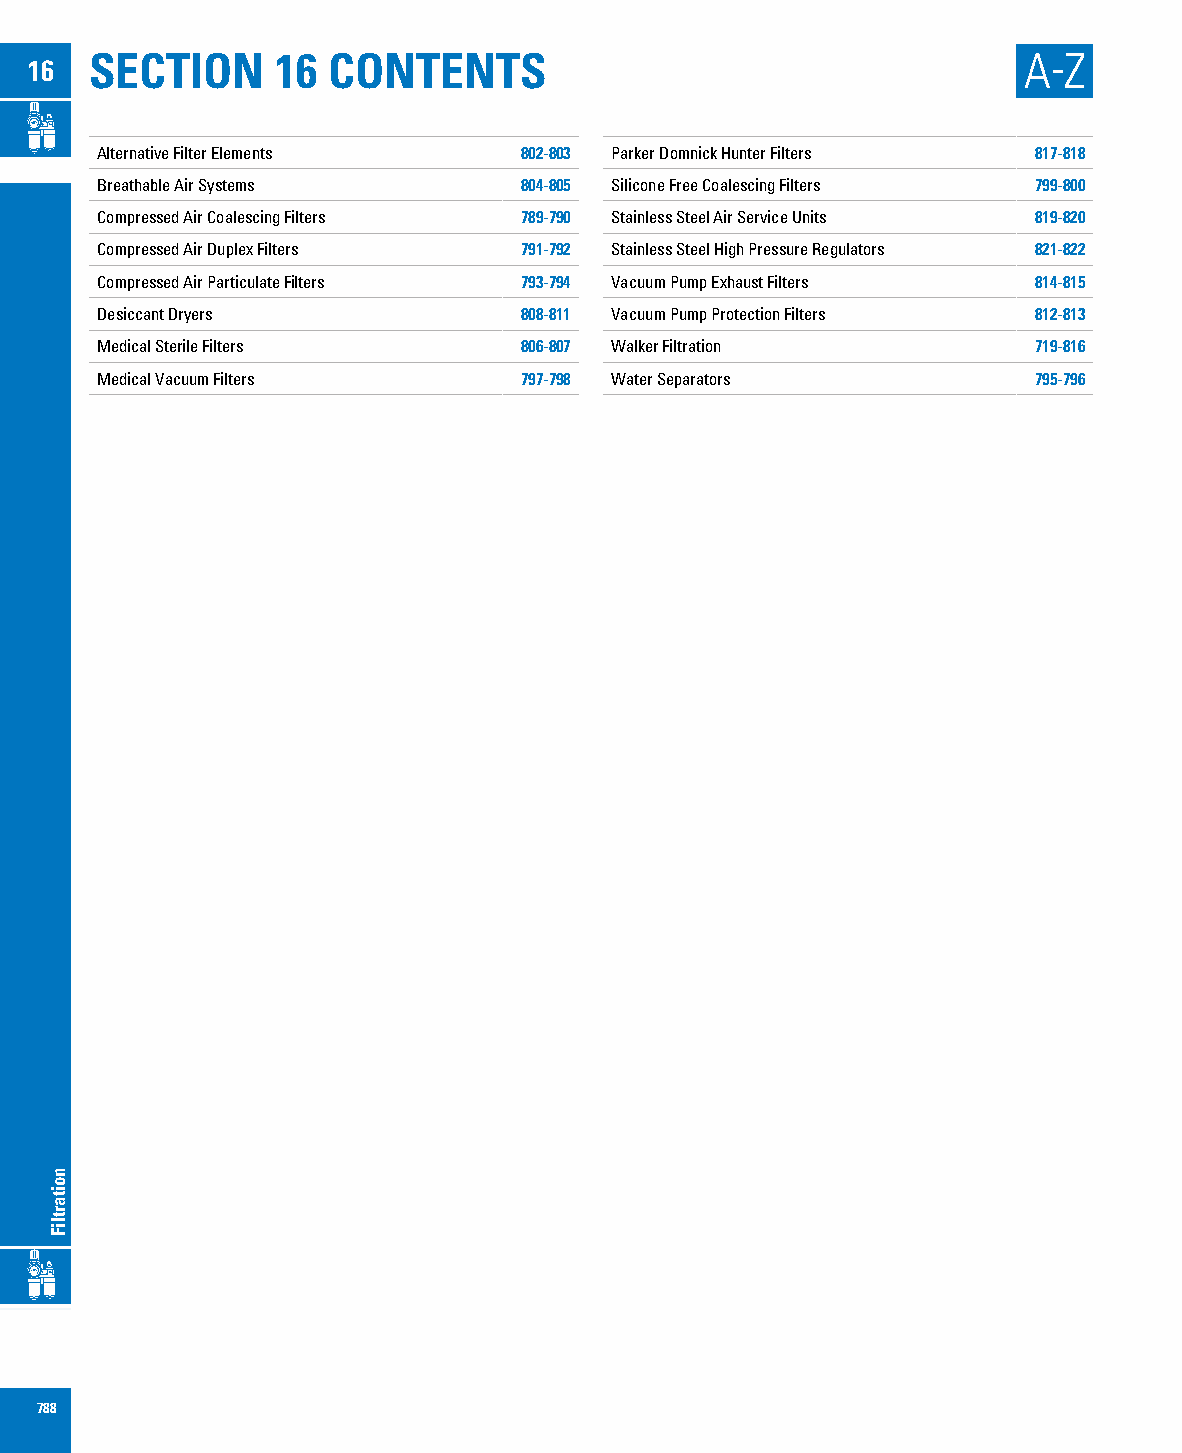
SECTION     16  CONTENTS                                      A-Z
 16
 Alternative Filter Elements 802-803 Parker Domnick Hunter Filters 817-818
 Breathable Air Systems      804-805 Silicone Free Coalescing Filters 799-800
 Compressed Air Coalescing Filters 789-790 Stainless Steel Air Service Units 819-820
 Compressed Air Duplex Filters 791-792 Stainless Steel High Pressure Regulators 821-822
 Compressed Air Particulate Filters 793-794 Vacuum Pump Exhaust Filters 814-815
 Desiccant Dryers            808-811 Vacuum Pump Protection Filters 812-813
 Medical Sterile Filters     806-807 Walker Filtration         719-816
 Medical Vacuum Filters      797-798 Water Separators          795-796
 788
 noitartliF